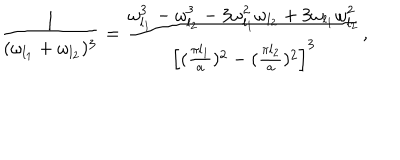
{ \frac { 1 } { ( \omega _ { l _ { 1 } } + \omega _ { l _ { 2 } } ) ^ { 3 } } } = { \frac { \omega _ { l _ { 1 } } ^ { 3 } - \omega _ { l _ { 2 } } ^ { 3 } - 3 \omega _ { l _ { 1 } } ^ { 2 } \omega _ { l _ { 2 } } + 3 \omega _ { l _ { 1 } } \omega _ { l _ { 2 } } ^ { 2 } } { \left[ ( { \frac { \pi l _ { 1 } } { a } } ) ^ { 2 } - ( { \frac { \pi l _ { 2 } } { a } } ) ^ { 2 } \right] ^ { 3 } } } ,